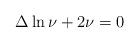
LaTeX: \begin{align*}\Delta \ln \nu + 2 \nu =0\end{align*}